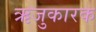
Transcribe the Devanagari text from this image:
ऋजुकारक